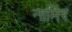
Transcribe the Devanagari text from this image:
नामिर